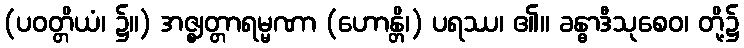
(ပဝတ္တိယံ၊ ၌။) အဇ္ဈတ္တာရမ္မဏာ (ဟောန္တိ၊) ပရဿ၊ ၏။ ခန္ဓာဒီသုစေဝ၊ တို့၌